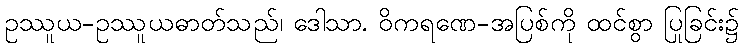
ဥဿူယ-ဥဿူယဓာတ်သည်၊ ဒေါသာ. ဝိကရဏေ-အပြစ်ကို ထင်စွာ ပြုခြင်း၌